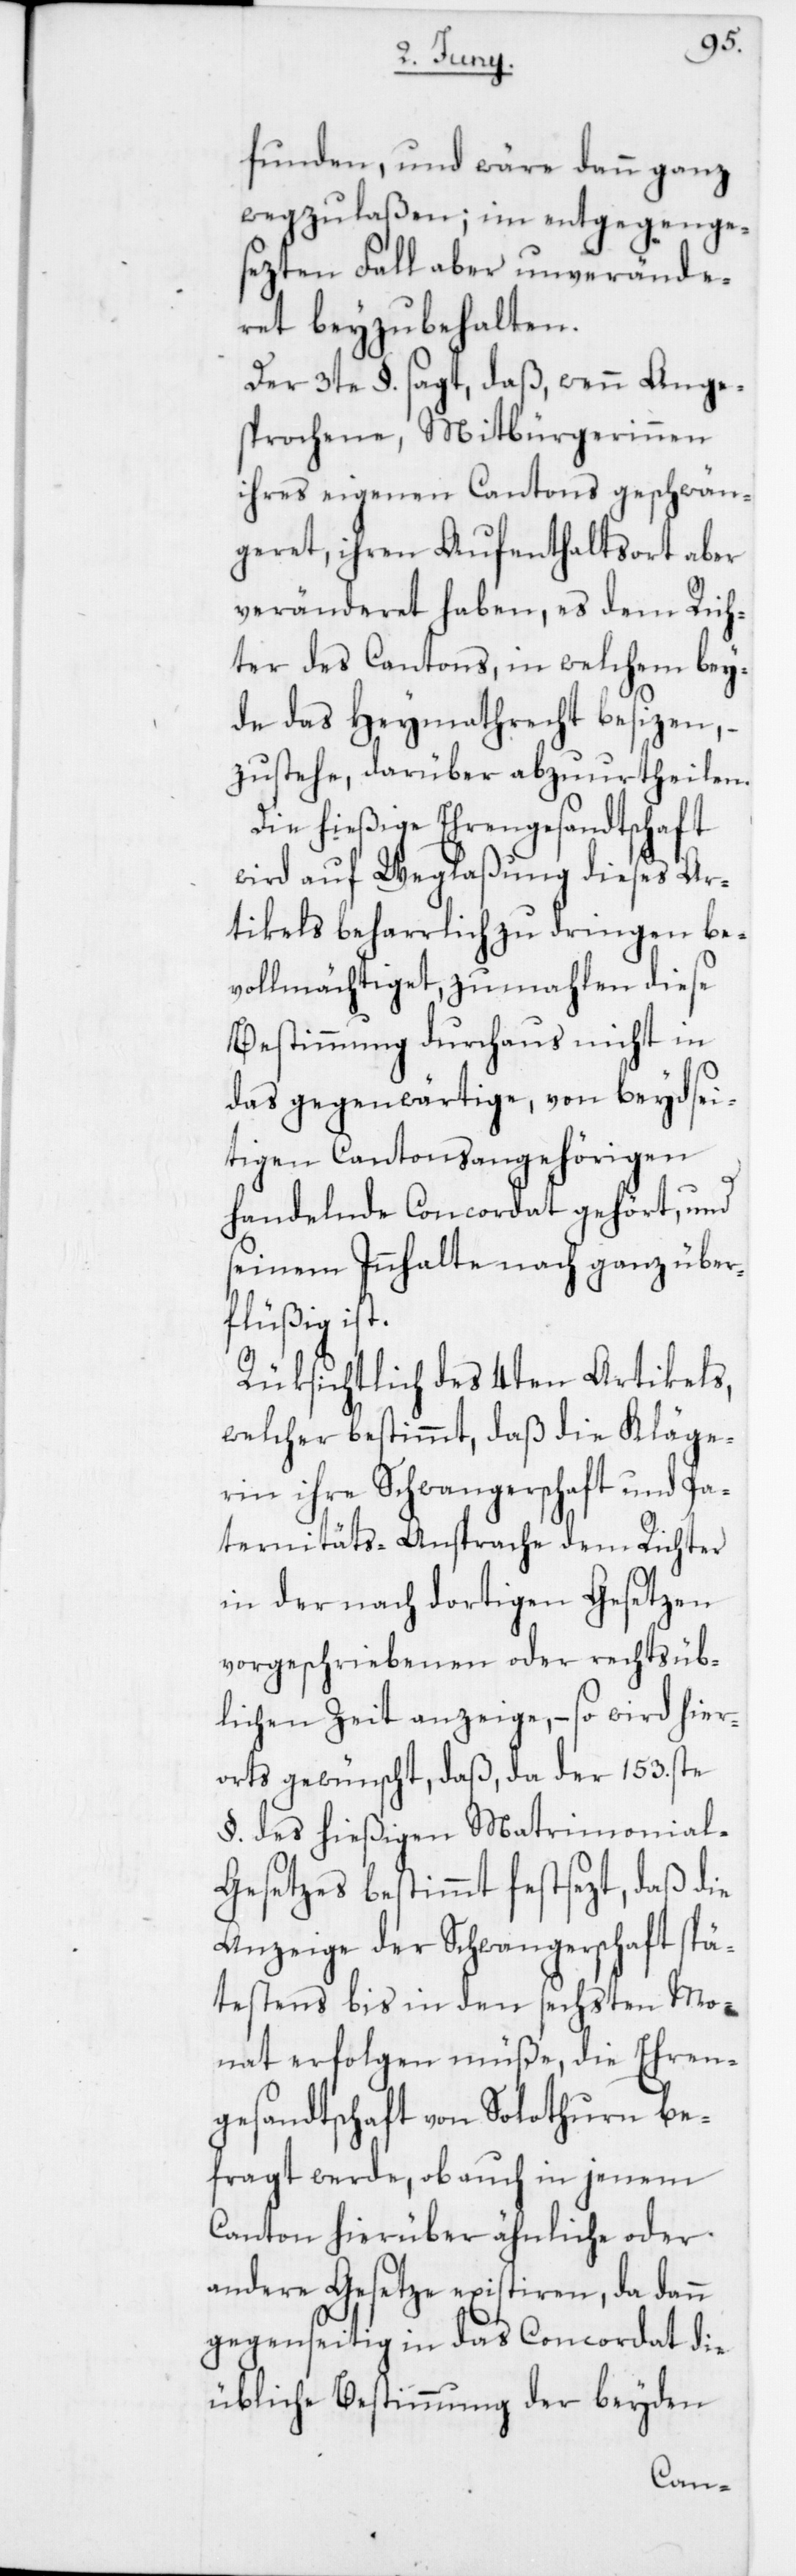
funden, und wäre dann ganz
wegzulaßen; im entgegenge¬
sezten Fall aber unverände¬
ret beyzubehalten.
Der 3te §. sagt, daß wenn Ange¬
sprochene, Mitbürgerinnen
ihres eigenen Cantons geschwän¬
geret, ihren Aufenthaltsort aber
veränderet haben, es dem Rich¬
ter des Cantons, in welchem bey¬
de das Heymathrecht besizen, –
zustehe, darüber abzuurtheilen.
Die hießige Ehrengesandtschaft
wird auf Weglaßung dieses Ar¬
tikels beharrlich zu dringen be¬
vollmächtiget, zumahlen diese
Bestimmung durchaus nicht in
das gegenwärtige, von beydsei¬
tigen Cantonsangehörigen
handelnde Concordat gehört, und
seinem Innhalte nach ganz über¬
flüßig ist.
Rüksichtlich des 4ten Artikels,
welcher bestimmt, daß die Kläge¬
rin ihre Schwangerschaft und Pa¬
ternitäts-Ansprache dem Richter
in der nach dortigen Gesetzen
vorgeschriebenen oder rechtsüb¬
lichen Zeit anzeige, – so wird hier¬
orts gewünscht, daß da der 153ste
§. des hießigen Matrimonial-G¬
esetzes bestimmt festsezt, daß die
Anzeige der Schwangerschaft spä¬
testens bis in den sechsten Mo¬
nat erfolgen müße, die Ehren¬
gesandtschaft von Solothurn be¬
fragt werde, ob auch in jenem
Canton hierüber ähnliche oder
andere Gesetze existiren, da dann
gegenseitig in das Concordat die
übliche Bestimmung der beyden